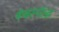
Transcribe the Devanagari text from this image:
कंबरनॉल्ड